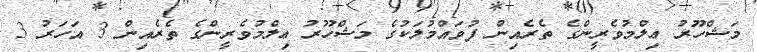
މަޝްހޫރު ޢިލްމުވެރީންގެ ތެރެއިން ފުވައްމުލަކުގެ މަޝްހޫރު ޢިލްމުވެރީންގެ ތެރެއިން 3 އަހަރު 3